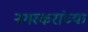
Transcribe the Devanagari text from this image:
नगरकरांच्या